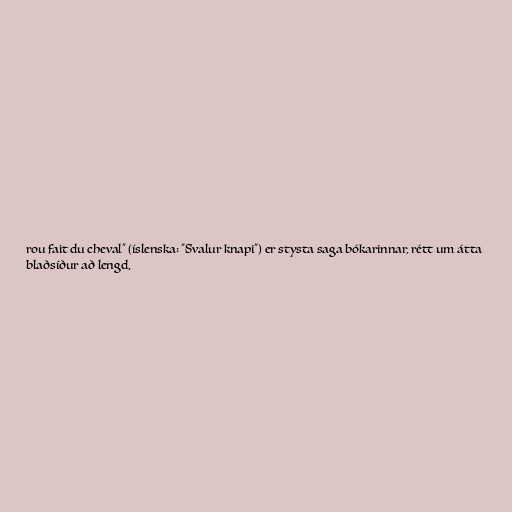
rou fait du cheval" (íslenska: "Svalur knapi") er stysta saga bókarinnar, rétt um átta
blaðsíður að lengd.